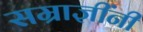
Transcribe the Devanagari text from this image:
सम्राज्ञींनी